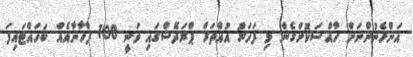
އަންހެނުންނަށް ހާއްސަކޮށްގެން މި ފަހަރު އުއްތަރް ޕްރަދޭޝްގައި ވަނީ 108 ފާހާނާއެއް ބަހައްޓައިފަ